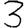
Digit: 3